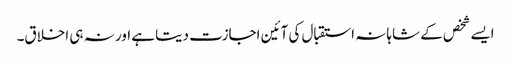
ایسے شخص کے شاہانہ استقبال کی آئین اجازت دیتا ہے اور نہ ہی اخلاق۔